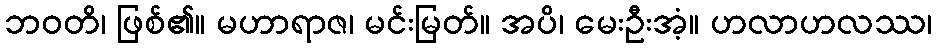
ဘဝတိ၊ ဖြစ်၏။ မဟာရာဇ၊ မင်းမြတ်။ အပိ၊ မေးဦးအံ့။ ဟလာဟလဿ၊